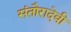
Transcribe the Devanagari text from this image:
संतौरादेवी